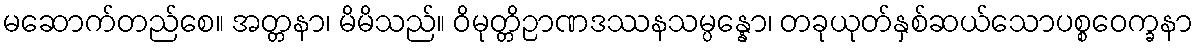
မဆောက်တည်စေ။ အတ္တနာ၊ မိမိသည်။ ဝိမုတ္တိဉာဏဒဿနသမ္ပန္နော၊ တခုယုတ်နှစ်ဆယ်သောပစ္စဝေက္ခနာ